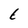
Character: t